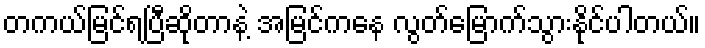
တကယ်မြင်ရပြီဆိုတာနဲ့ အမြင်ကနေ လွတ်မြောက်သွားနိုင်ပါတယ်။